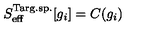
S _ { \mathrm { e f f } } ^ { \mathrm { T a r g . s p . } } [ g _ { i } ] = C ( g _ { i } )